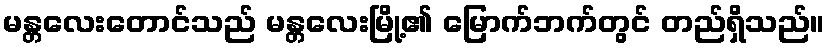
မန္တလေးတောင်သည် မန္တလေးမြို့၏ မြောက်ဘက်တွင် တည်ရှိသည်။